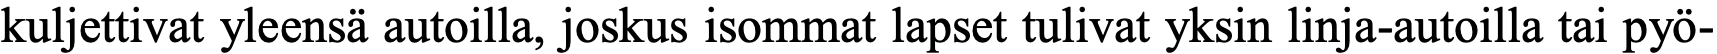
kuljettivat yleensä autoilla, joskus isommat lapset tulivat yksin linja-autoilla tai pyö-